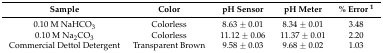
<table><thead><tr><td><b>Sample</b></td><td><b>Color</b></td><td><b>pH Sensor</b></td><td><b>pH Meter</b></td><td><b>% Error <sup>1</sup></b></td></tr></thead><tbody><tr><td>0.10 M NaHCO<sub>3</sub></td><td>Colorless</td><td>8.63 ± 0.01</td><td>8.34 ± 0.01</td><td>3.48</td></tr><tr><td>0.10 M Na<sub>2</sub>CO<sub>3</sub></td><td>Colorless</td><td>11.12 ± 0.06</td><td>11.37 ± 0.01</td><td>2.20</td></tr><tr><td>Commercial Dettol Detergent</td><td>Transparent Brown</td><td>9.58 ± 0.03</td><td>9.68 ± 0.02</td><td>1.03</td></tr></tbody></table>